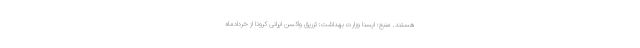
هستند. منبع: ایسنا وزارت بهداشت: تزریق واکسن ایرانی کرونا از خردادماه